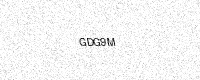
Text: GDG9M